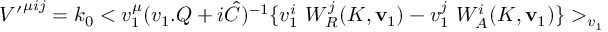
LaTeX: { { \cal { V } } ^ { \prime } } ^ { \mu i j } = k _ { 0 } < v _ { 1 } ^ { \mu } ( v _ { 1 } . Q + i \hat { C } ) ^ { - 1 } \lbrace v _ { 1 } ^ { i } \ W _ { R } ^ { j } ( K , { \mathbf { v } } _ { 1 } ) - v _ { 1 } ^ { j } \ W _ { A } ^ { i } ( K , { \mathbf { v } } _ { 1 } ) \rbrace > _ { v _ { 1 } }